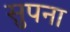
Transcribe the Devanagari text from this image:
सुपना